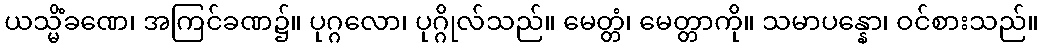
ယသ္မိံခဏေ၊ အကြင်ခဏ၌။ ပုဂ္ဂလော၊ ပုဂ္ဂိုလ်သည်။ မေတ္တံ၊ မေတ္တာကို။ သမာပန္နော၊ ဝင်စားသည်။